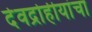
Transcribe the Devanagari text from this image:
देवद्रोहीयांचा